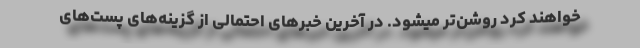
خواهند کرد روشن‌تر میشود. در آخرین خبرهای احتمالی از گزینه‌های پست‌های